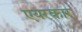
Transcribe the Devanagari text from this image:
एयरकार